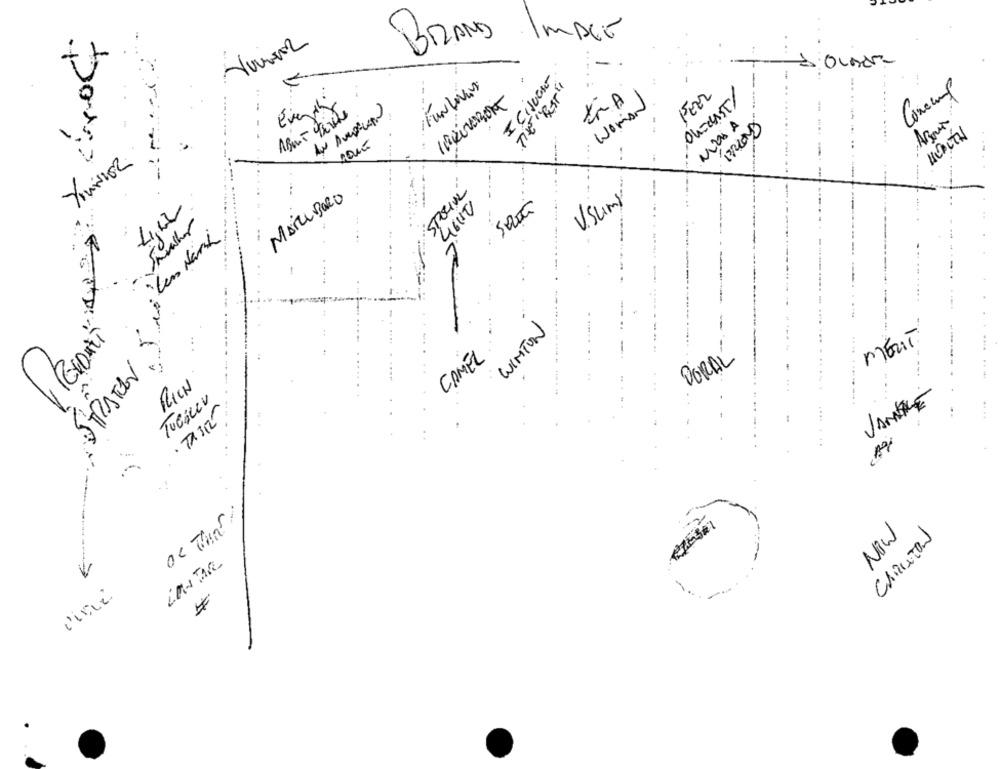
BRAND
MACE
/FUN Lovin
FEEL
Woman
Ou-cast/
Every
HEALTH
YouNIER
STOCK
......
MARLBORO
Visumy
4,02
46110
Len Nard
STRATEN Si
WINTON
MENT
CAMEL
DORAL
RICH
TUGGLEV
VANNTILÉ
· TA31
...
NOW
CARLTON
CONTAR